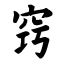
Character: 窍